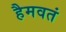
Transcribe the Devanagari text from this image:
हैमवतं